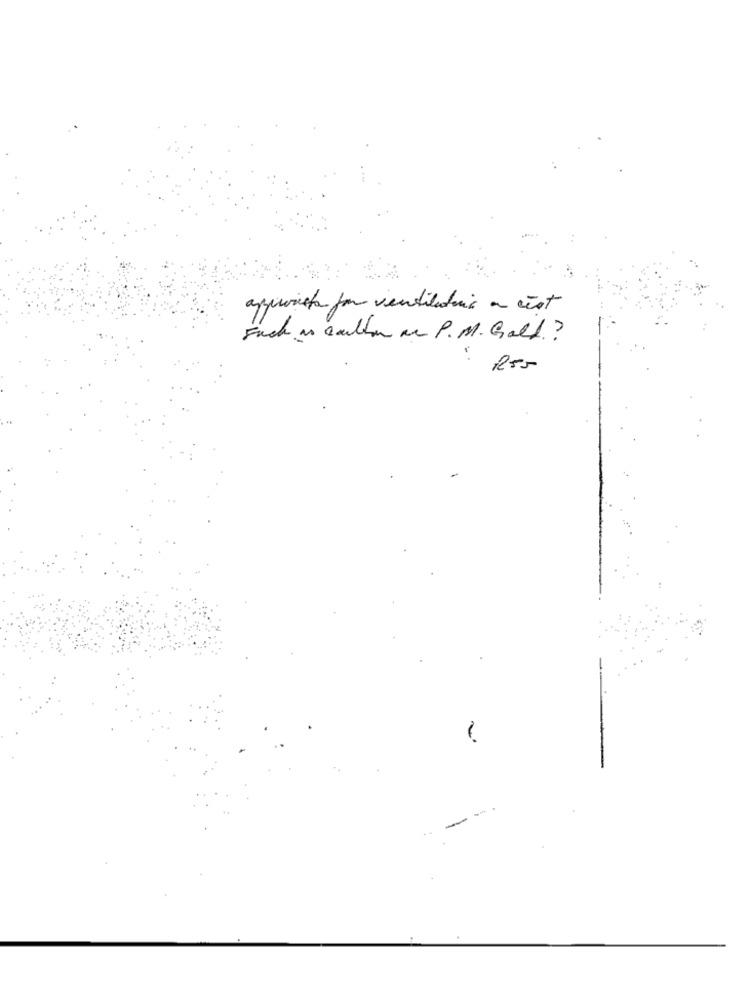
approved for ventiladois a cest
Fach is coulton an P.M. Gold?
..